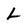
Character: L